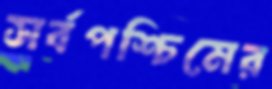
সর্বপশ্চিমের